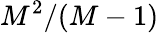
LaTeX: M^{2}/(M-1)